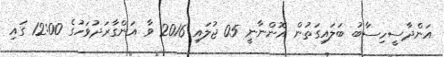
އަންދާސީހިސާބު ބަލައިގަތުން އޮންނާނީ 05 ޖުލައި 2016 ވާ އަންގާރަދުވަހުގެ 12:00 ގައި